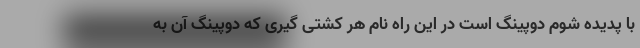
با پدیده شوم دوپینگ است در این راه نام هر کشتی گیری که دوپینگ آن به